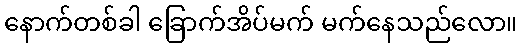
နောက်တစ်ခါ ခြောက်အိပ်မက် မက်နေသည်လော။